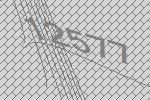
12577